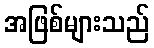
အဖြစ်များသည်